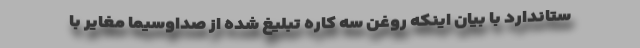
ستاندارد با بیان اینکه روغن سه کاره تبلیغ شده از صداوسیما مغایر با